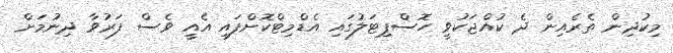
މިކުދިން ތެރެއިން ދެ ކުއްޖަކުވީ ހޮސްޕިޓަލުގައި އެޑްމިޓްކޮށްފައި އެއީ ވެސް ފަރުވާ ދިނުމަށް